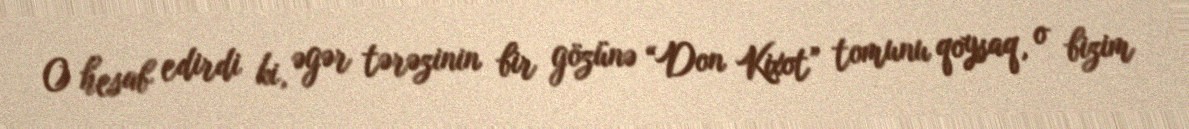
O hesab edirdi ki, əgər tərəzinin bir gözünə “Don Kixot” tomunu qoysaq, o bizim